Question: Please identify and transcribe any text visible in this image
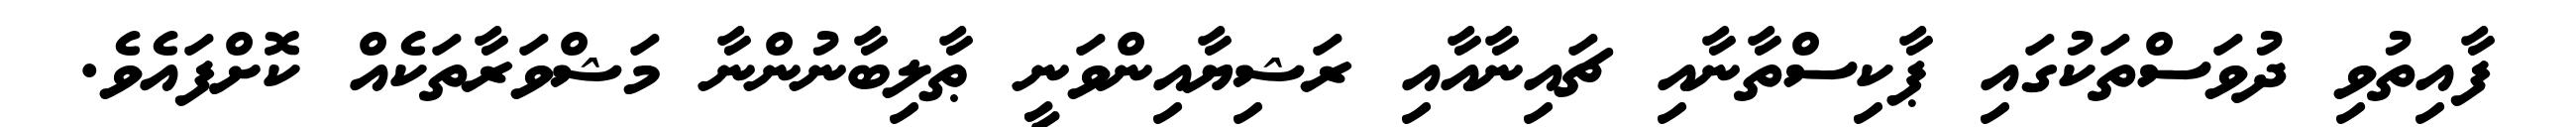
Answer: ފާއިތުވި ދުވަސްތަކުގައި ޕާކިސްތާނާއި ޗައިނާއާއި ރަޝިޔާއިންވަނީ ޠާލިބާނުންނާ މަޝްވަރާތަކެއް ކޮށްފައެވެ.